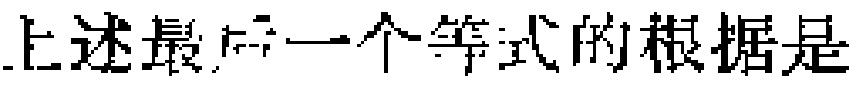
上述最后一个等式的根据是